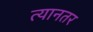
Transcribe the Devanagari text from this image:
त्यानतर